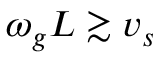
\omega _ { g } L \gtrsim v _ { s }